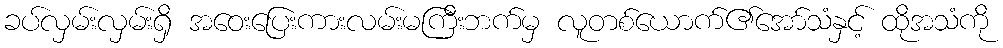
ခပ်လှမ်းလှမ်းရှိ အဝေးပြေးကားလမ်းမကြီးဘက်မှ လူတစ်ယောက်၏အော်သံနှင့် ထိုအသံကို